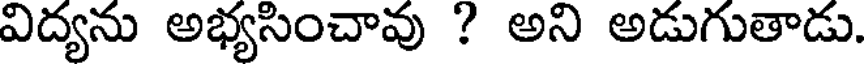
విద్యను అభ్యసించావు ? అని అడుగుతాడు.